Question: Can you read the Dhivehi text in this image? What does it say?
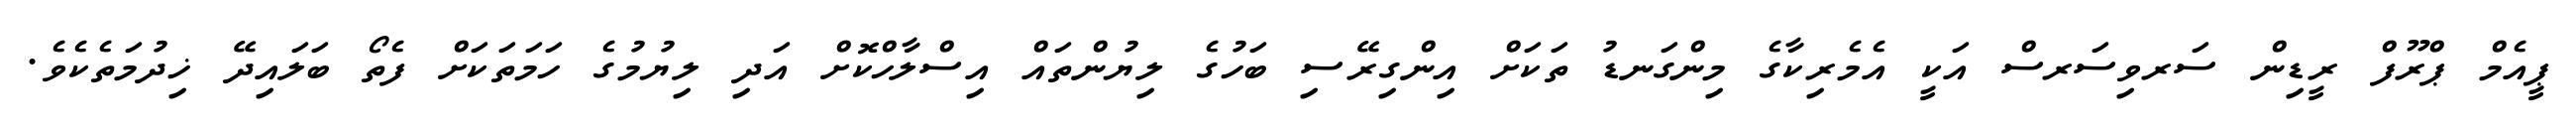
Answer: ޕީއެމް ޕްރޫފް ރީޑިން ސަރވިސަރސް އަކީ އެމެރިކާގެ މިންގަނޑު ތަކަށް އިންގިރޭސި ބަހުގެ ލިޔުންތައް އިސްލާހްކޮށް އަދި ލިޔުމުގެ ހަމަތަކަށް ފެތޯ ބަލައިދޭ ޚިދުމަތެކެވެ.